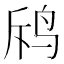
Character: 𪉄